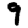
Digit: 9